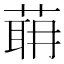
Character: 𦶈